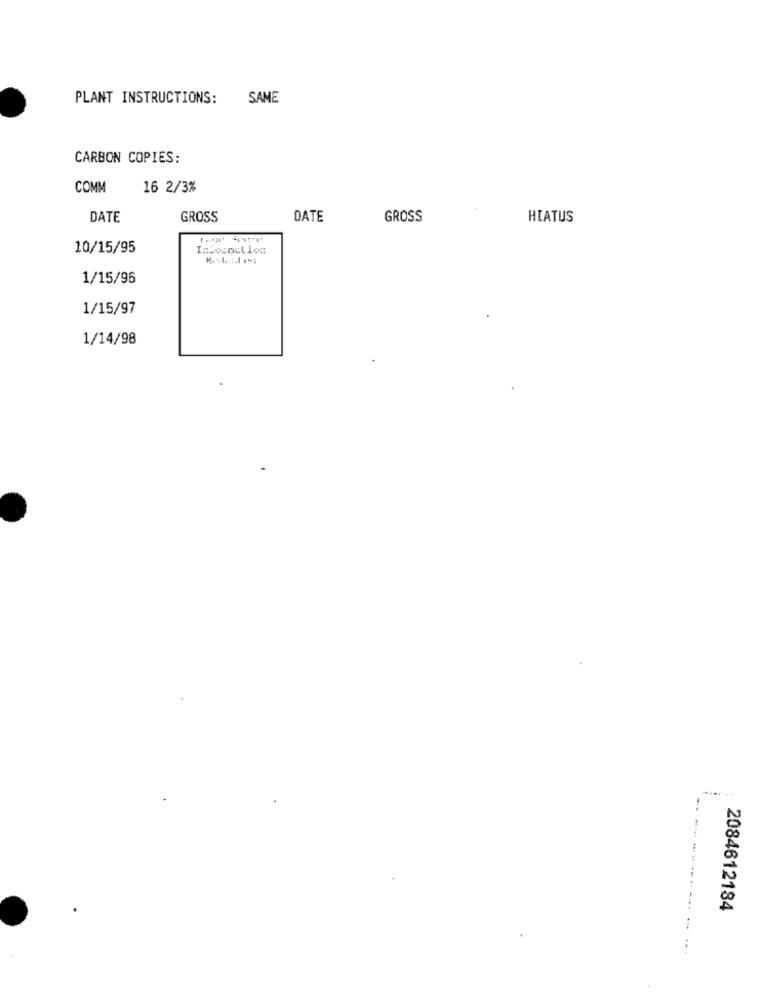
PLANT INSTRUCTIONS:
SAME
CARBON COPIES:
COMM
16 2/3%
DATE
GROSS
DATE
GROSS
HIATUS
10/15/95
1/15/96
1/15/97
1/14/98
2084612184